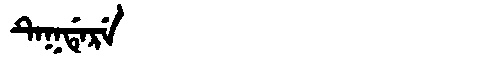
Manchu: ᡨᡝᡴᡩᡝᡵᡝ
Romanization: TEKDERE